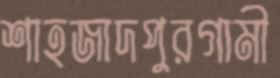
শাহজাদপুরগামী